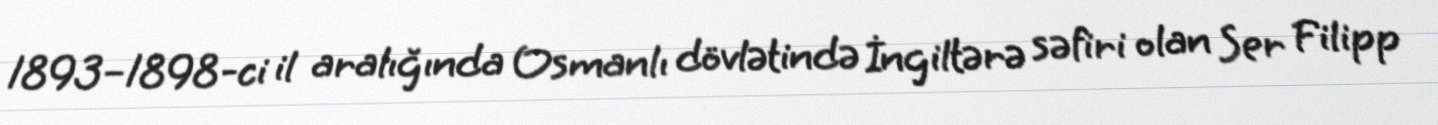
1893–1898-ci il aralığında Osmanlı dövlətində İngiltərə səfiri olan Ser Filipp